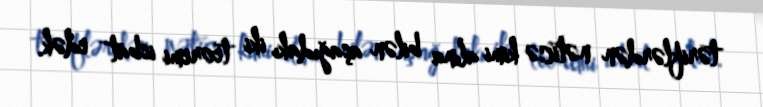
təriflərdən nəticə kimi alına bilən aşağıdakı iki teoremi isbat edək.